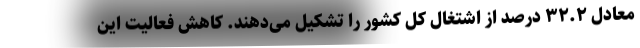
معادل ۳۲.۲ درصد از اشتغال کل کشور را تشکیل می‌دهند. کاهش فعالیت این